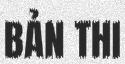
BẢN THI